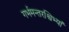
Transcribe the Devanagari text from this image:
गर्भमन्तरश्विभ्यां